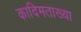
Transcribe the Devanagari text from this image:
कादिमताख्या